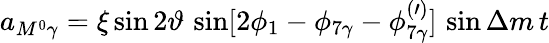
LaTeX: a_{M^{0}\gamma}=\xi\sin 2{\vartheta}\, \sin[2\phi_{1}-\phi_{7\gamma}-\phi_{7\gamma}^{(\prime)}]\, \sin\Delta m\, t